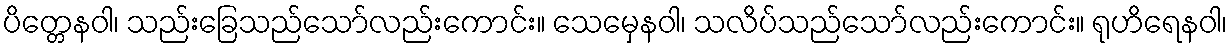
ပိတ္တေနဝါ၊ သည်းခြေသည်သော်လည်းကောင်း။ သေမှေနဝါ၊ သလိပ်သည်သော်လည်းကောင်း။ ရုဟိရေနဝါ၊